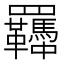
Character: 𦍈